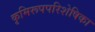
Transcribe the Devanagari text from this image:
कृमिरूपपरिशेषिका